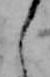
し